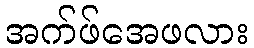
အက်ဖ်အေဖလား